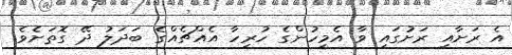
އެ ރަށާއި ރަށުގައި ވާ އެމީހުންގެ ހުރިހާ އެއްޗެއްގެ ބަދަލު ދޭ ގޮތަށެވެ.